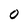
Character: 0